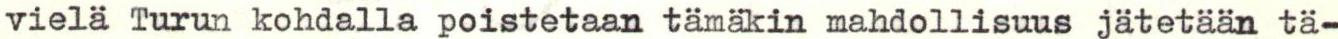
vielä Turun kohdalla poistetaan tämäkin mahdollisuus jätetään tä-